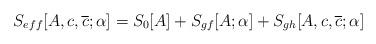
LaTeX: \begin{align*}S_{eff}[A,c,\overline{c};\alpha ]=S_{0}[A]+S_{gf}[A;\alpha ]+S_{gh}[A,c,\overline{c};\alpha ]\end{align*}